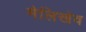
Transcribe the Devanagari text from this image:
मेलिखेव